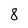
Character: 8